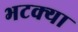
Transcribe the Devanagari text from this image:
भटक्‍या